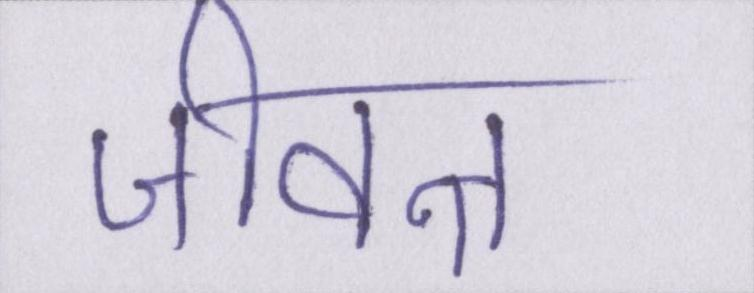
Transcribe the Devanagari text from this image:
जीवन्त